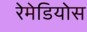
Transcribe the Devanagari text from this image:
रेमेडियोस